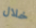
خلال